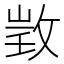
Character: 𢽠